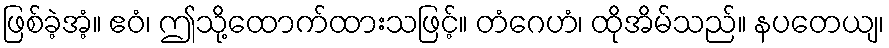
ဖြစ်ခဲ့အံ့။ ဧဝံ၊ ဤသို့ထောက်ထားသဖြင့်။ တံဂေဟံ၊ ထိုအိမ်သည်။ နပတေယျ၊